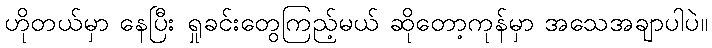
ဟိုတယ်မှာ နေပြီး ရှုခင်းတွေကြည့်မယ် ဆိုတော့ကုန်မှာ အသေအချာပါပဲ။